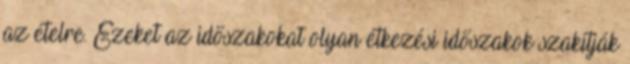
az ételre. Ezeket az időszakokat olyan étkezési időszakok szakítják